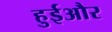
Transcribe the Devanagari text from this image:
हुईऔर